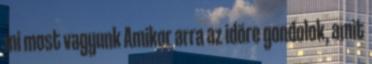
mi most vagyunk Amikor arra az idõre gondolok, amit